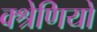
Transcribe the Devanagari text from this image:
क्श्रेणियो